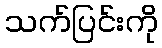
သက်ပြင်းကို